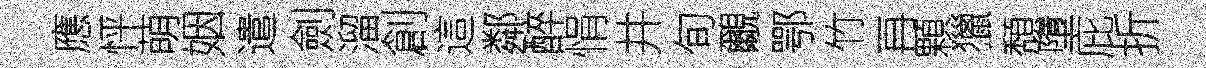
應怦萌姻遣劍溜創這鄰醉悁井旬覼鄂竹再顆獵頽墮庇折